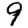
Digit: 9